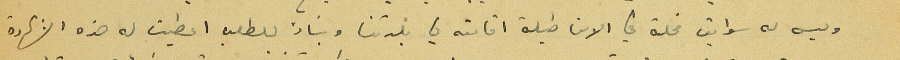
وليس له سوابق مخلة في الامن طيلة اقامته في بلدتنا وبناءً للطلب اعطيت له هذه الشهادة